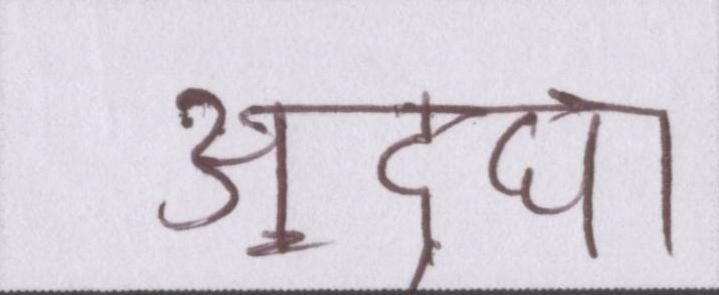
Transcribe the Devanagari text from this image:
अ॒द्घा